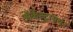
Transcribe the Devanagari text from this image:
ऑर्केस्ट्रांमधून